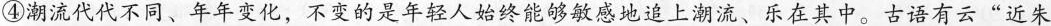
④潮流代代不同、年年变化，不变的是年轻人始终能够敏感地追上潮流、乐在其中。古语有云”近朱